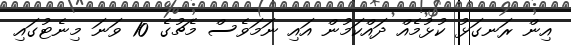
އިން ރަނގަޅު ކުޅުމެއް ދައްކަމުން އައި ނަމަވެސް މެޗުގެ 10 ވަނަ މިނެޓުގައި